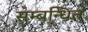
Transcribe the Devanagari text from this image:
सम्‍बन्‍धित